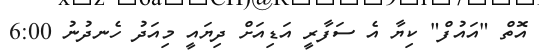
އޮތް "އައުފް" ކިޔާ އެ ސަފާރީ އަޑިއަށް ދިޔައީ މިއަދު ހެނދުނު 6:00